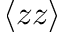
\langle z z \rangle